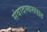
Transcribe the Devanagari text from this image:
संवादस्वरूपात